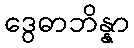
ဒွေဓာဘိန္နာ